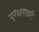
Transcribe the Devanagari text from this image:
पूरंधरावरी